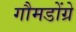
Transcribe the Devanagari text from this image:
गौमडोंग्रे